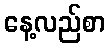
နေ့လည်စာ